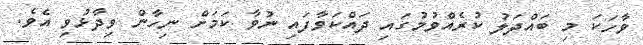
ވާހަކަ މި ބައްދަލު ކުރެއްވުމުގައި ދައްކަވާފައި ނުވާ ކަމަށް ނިހާން ވިދާޅުވި އެވެ.